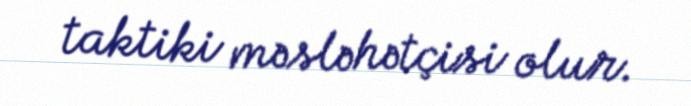
taktiki məsləhətçisi olur.